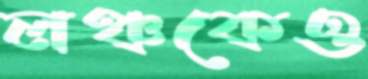
লঞ্চকেও